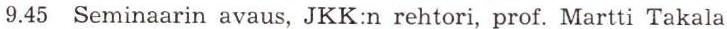
9.45 Seminaarin avaus, JKK:n rehtori, prof. Martti Takala